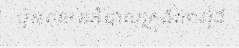
ប៊ុនថុល អភិបាលក្រុងកោះរ៉ុង